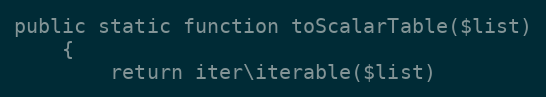
Language: PHP
public static function toScalarTable($list)
    {
        return iter\iterable($list)